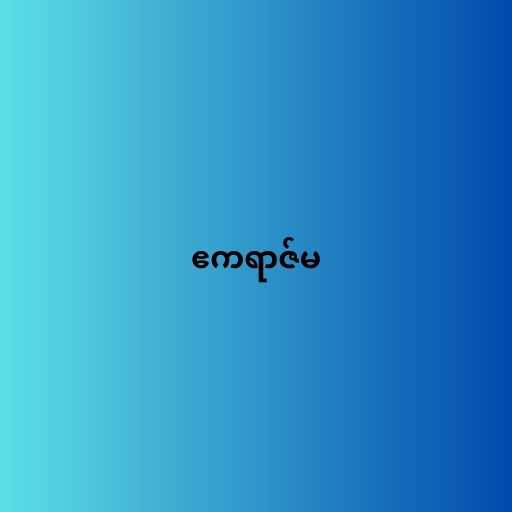
ဧကရာဇ်မ